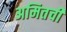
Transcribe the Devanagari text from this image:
अमितची